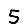
Digit: 5